Jaan_Tonisson_(Lasteleht), lk 109
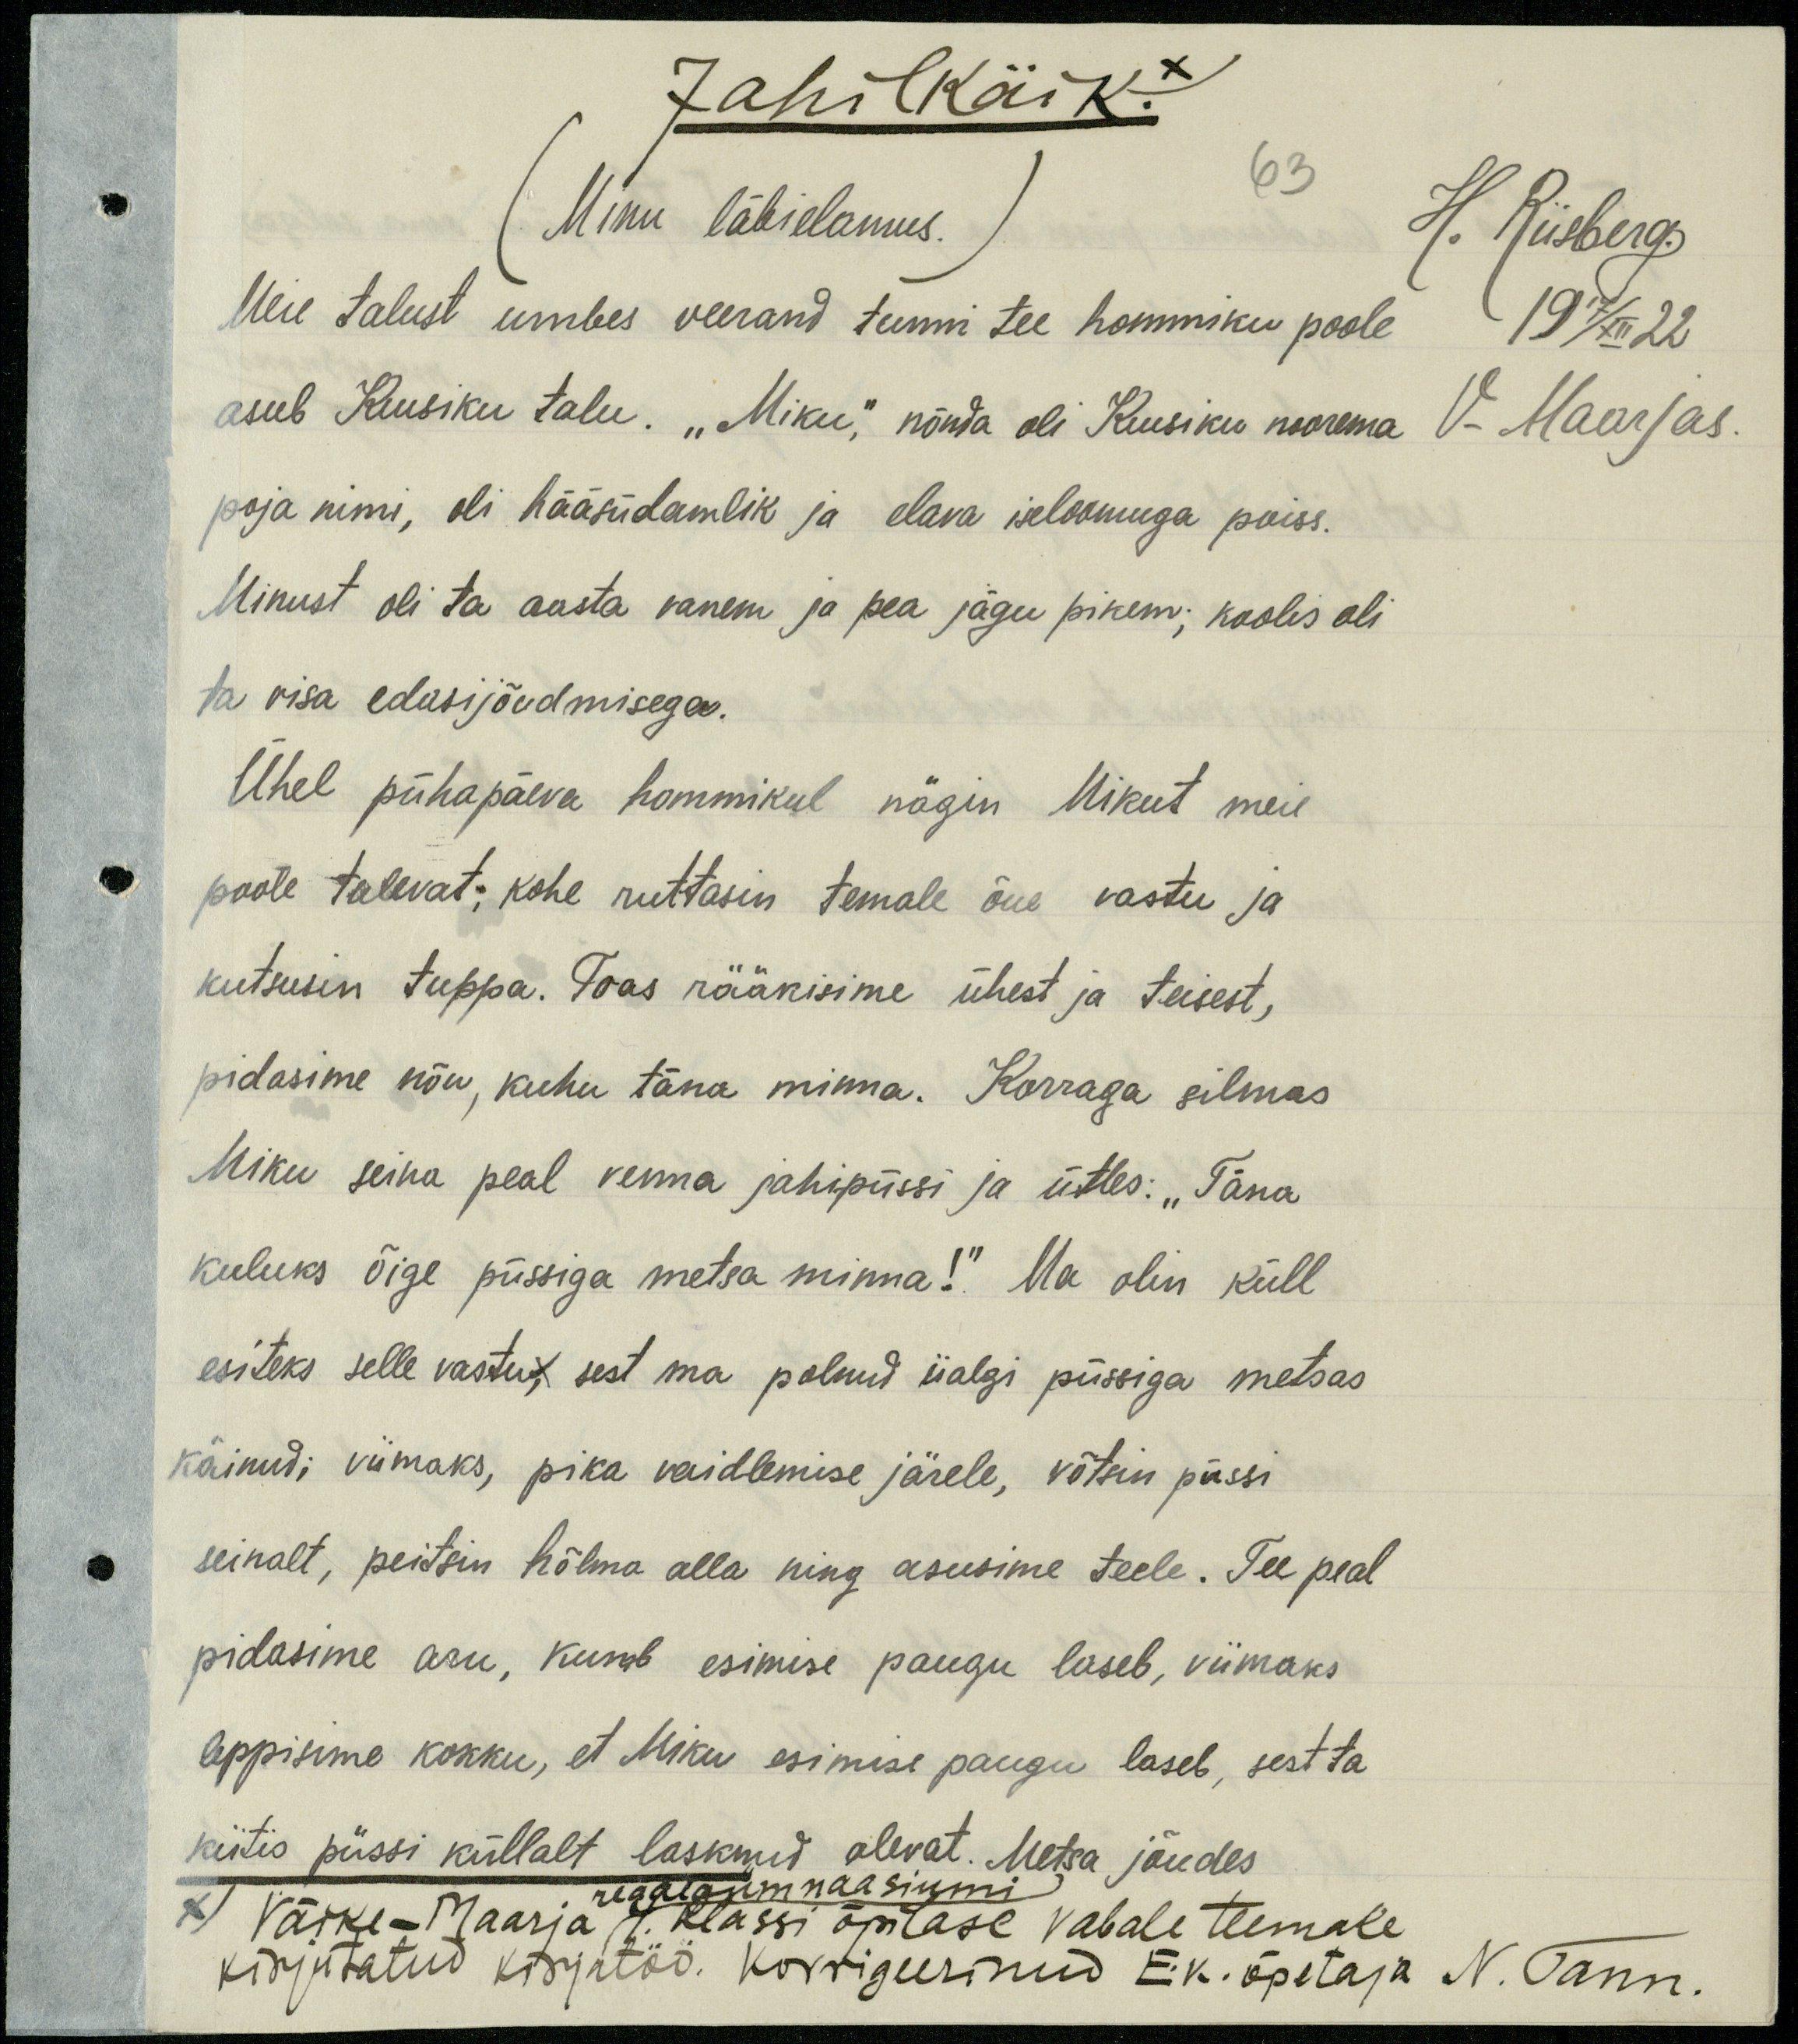
Jahilkäik! x
(Minu läbi elamus.)
63
H. Riisberg
Meie talust umbes veerand tunni tee hommiku poole,
19 17/XII 22
asub Kuusiku talu. „Miku,“ nõnda oli Kuusiku noorema
V-Maarjas.
poja nimi, oli hääsüdamlik ja elava iseloomuga poiss.
Minust oli ta aasta vanem ja pea jägu pikem; koolis oli
ta visa edasijõudmisega.
Ühel pühapäeva hommikul nägin Mikut meie
poole tulevat; kohe ruttasin temale õue vastu ja
kutsusin tuppa. Toas rääkisime ühest ja teisest,
pidasime nõu, kuhu täna minna. Korraga silmas
Miku seina peal venna jahipüssi ja ütles: "Täna
kuluks õige püssiga metsa minna!" Ma olin küll
esiteks selle vastu, sest ma polnud iialgi püssiga metsas
käinud; viimaks, pika vaidlemise järele, võtsin püssi
seinalt, peitsin hõlma alla ning asusime teele. Tee peal
pidasime aru, kumb esimise paugu laseb, viimaks
leppisime kokku, et Miku esimise paugu laseb, sest ta
kiitis püssi küllalt lasknud olevat. Metsa jõudes
reaalgümnaasiumi
x) Väike-Maarja 7. klassi õpilase vabale teemale
kirjutatud kirjatöö. Korrigeerinud E.k. õpetaja N. Tann.